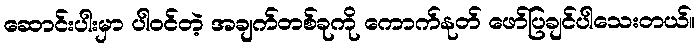
ဆောင်းပါးမှာ ပါဝင်တဲ့ အချက်တစ်ခုကို ကောက်နုတ် ဖော်ပြချင်ပါသေးတယ်။